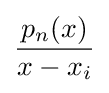
{\frac {p_{n}(x)}{x-x_{i}}}